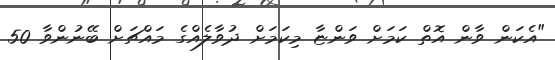
"އެކަން ވާން އޮތް ކަމަށް ވަންޏާ މިކަމަށް ދުވާލެއްގެ މައްޗަށް ބޭނުންވާ 50